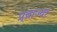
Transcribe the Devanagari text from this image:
प्र्व्राज्या